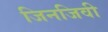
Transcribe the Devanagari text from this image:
जिनजिवी